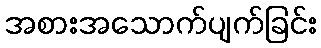
အစားအသောက်ပျက်ခြင်း